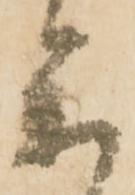
参